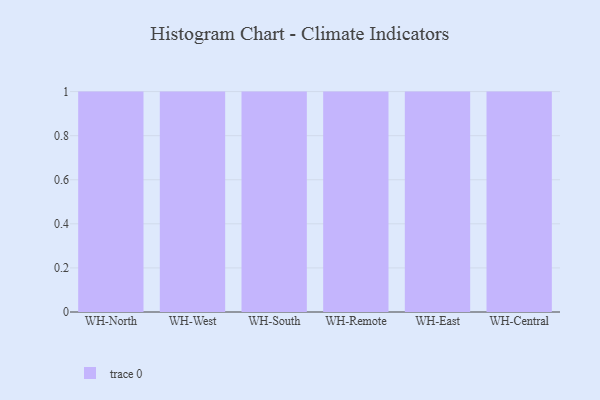
{"axis": {"x": "Warehouse", "y": "Net Income (USD K)"}, "legend": [""], "data": [{"x": "WH-North", "y": 85, "type": ""}, {"x": "WH-West", "y": 10, "type": ""}, {"x": "WH-South", "y": 27, "type": ""}, {"x": "WH-Remote", "y": 61, "type": ""}, {"x": "WH-East", "y": 23, "type": ""}, {"x": "WH-Central", "y": 19, "type": ""}]}